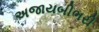
અજાયબીભરી